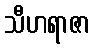
သီဟရာဇာ